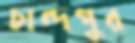
চান্দপুর